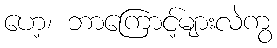
ဟေ့၊ ဘာကြောင့်များလဲကွ